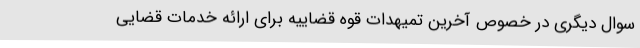
سوال دیگری در خصوص آخرین تمیهدات قوه قضاییه برای ارائه خدمات قضایی